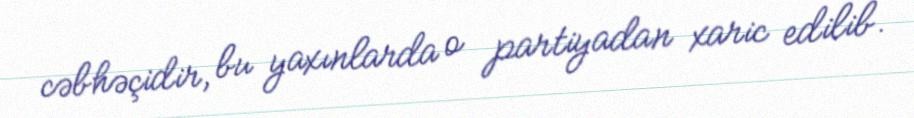
cəbhəçidir, bu yaxınlarda o partiyadan xaric edilib.